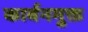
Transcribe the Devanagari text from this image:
कार्बनमुक्त